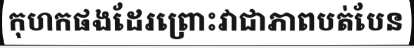
កុហកផងដែរព្រោះវាជាភាពបត់បែន